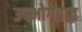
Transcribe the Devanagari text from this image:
उपभोगतात